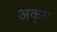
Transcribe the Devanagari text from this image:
अकृष्ट